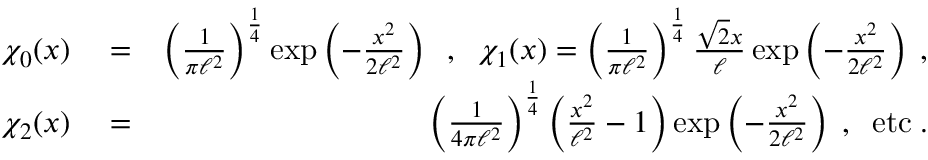
\begin{array} { r l r } { \chi _ { 0 } ( x ) } & { { } = } & { \left( \frac { 1 } { \pi \ell ^ { 2 } } \right) ^ { \frac { 1 } { 4 } } \exp \left( - \frac { x ^ { 2 } } { 2 \ell ^ { 2 } } \right) \; \; , \; \; \chi _ { 1 } ( x ) = \left( \frac { 1 } { \pi \ell ^ { 2 } } \right) ^ { \frac { 1 } { 4 } } \frac { \sqrt { 2 } x } { \ell } \exp \left( - \frac { x ^ { 2 } } { 2 \ell ^ { 2 } } \right) \; , } \\ { \chi _ { 2 } ( x ) } & { { } = } & { \left( \frac { 1 } { 4 \pi \ell ^ { 2 } } \right) ^ { \frac { 1 } { 4 } } \left( \frac { x ^ { 2 } } { \ell ^ { 2 } } - 1 \right) \exp \left( - \frac { x ^ { 2 } } { 2 \ell ^ { 2 } } \right) \; , \; \; \mathrm { e t c } \; . } \end{array}